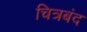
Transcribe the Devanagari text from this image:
चित्रबंद